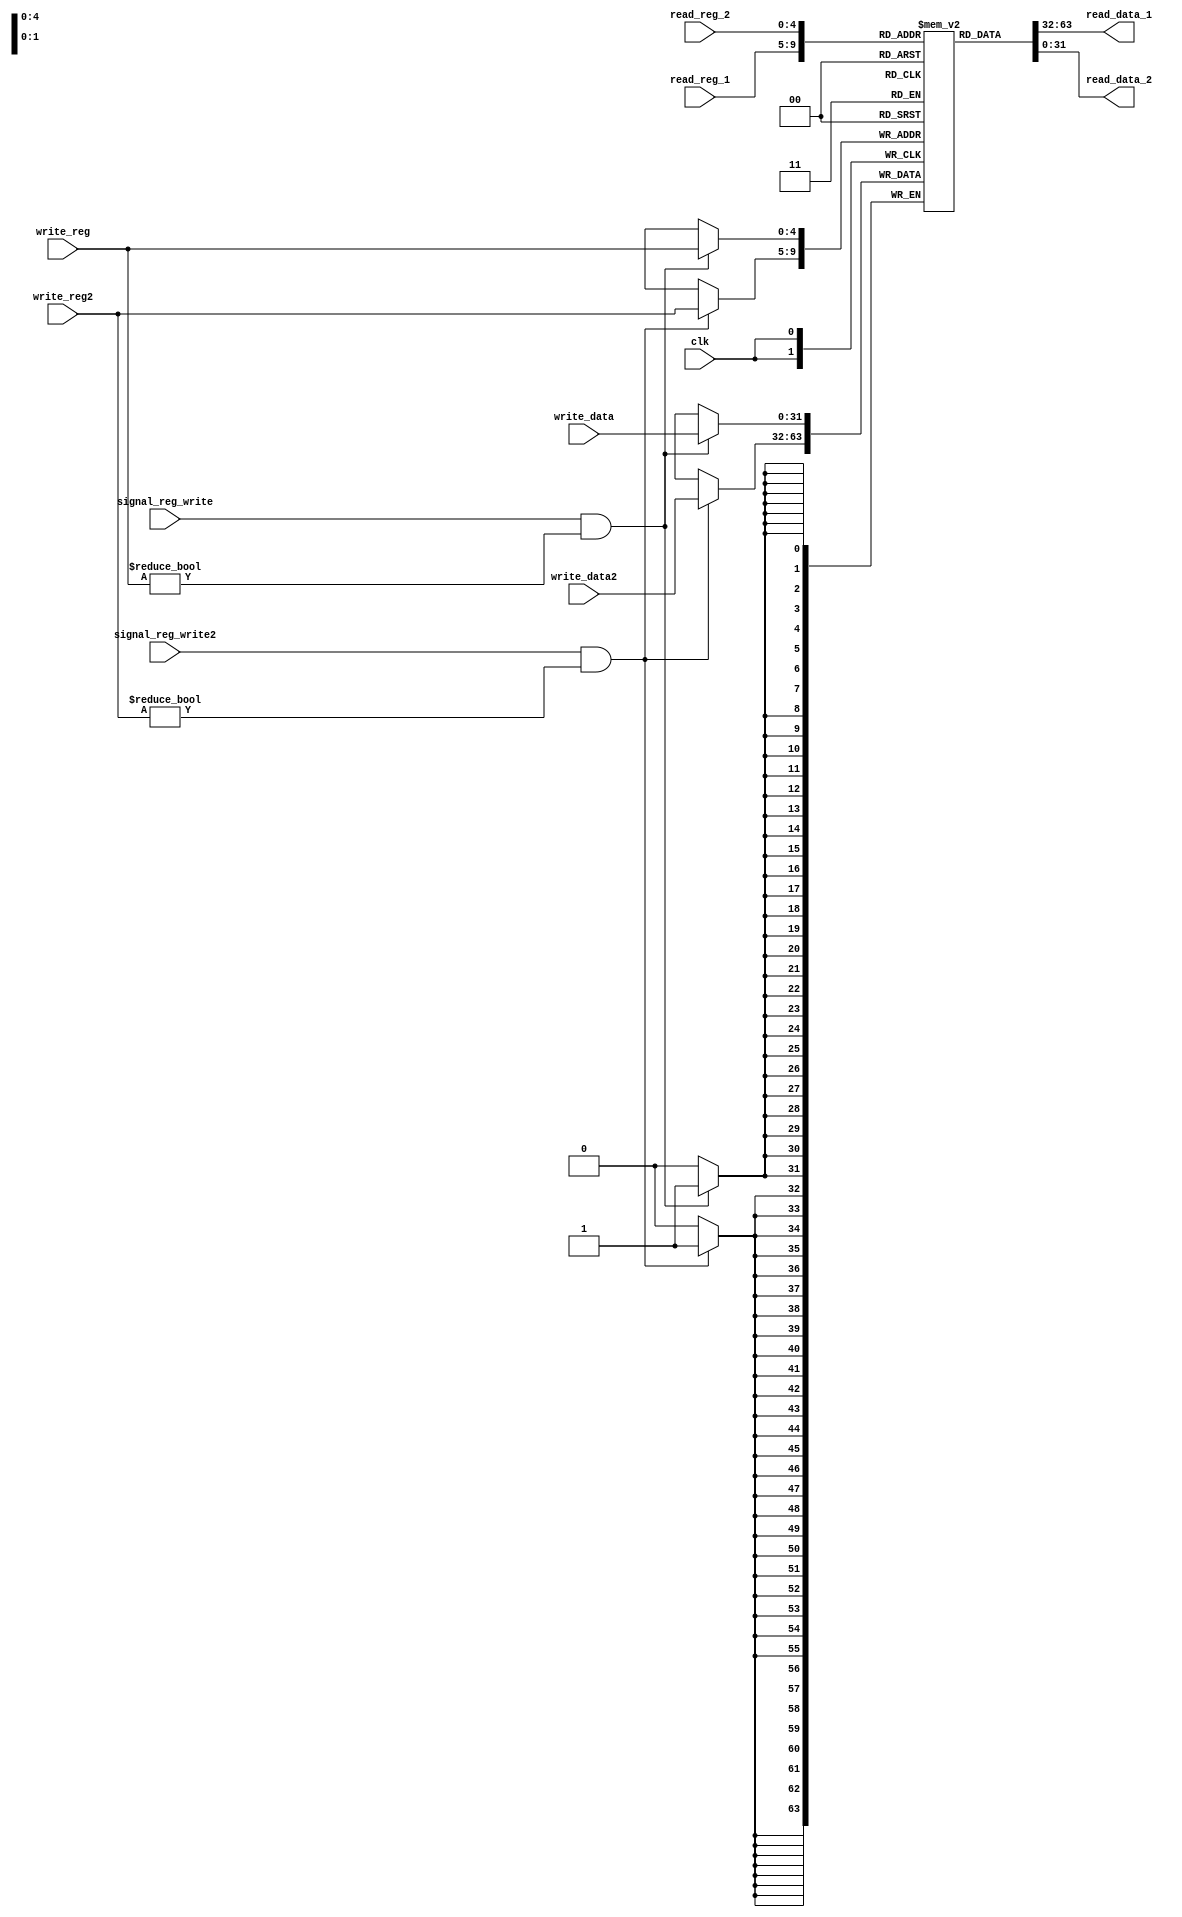
module mips_registers
( read_data_1, read_data_2, write_data, write_data2, read_reg_1, read_reg_2, write_reg, write_reg2, signal_reg_write, signal_reg_write2, clk );

	output [31:0] read_data_1, read_data_2;
	input [31:0] write_data, write_data2;
	input [4:0] read_reg_1, read_reg_2, write_reg, write_reg2;
	input signal_reg_write, signal_reg_write2, clk;
	
	reg [31:0] registers [31:0];
	
	assign read_data_1 = registers[read_reg_1];
	assign read_data_2 = registers[read_reg_2];
	
	always @(posedge clk) begin
		if(signal_reg_write && write_reg != 5'b0) begin // write signal and zero register control
			registers[write_reg]<=write_data;
		end
		if(signal_reg_write2 && write_reg2 != 5'b0) begin
			registers[write_reg2]<=write_data2;
		end

	end
	
endmodule